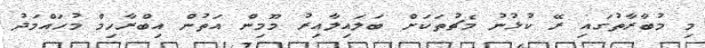
މި މުބާރާތުގައި ރޭ ކުޅުނު މެޗުތަކަށް ބަލައިލާއިރު މޫމިން އަތުން އިބްރާހިމް މުހައްމަދު